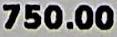
750.00